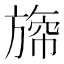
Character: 𣄐